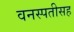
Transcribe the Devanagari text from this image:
वनस्पतीसह